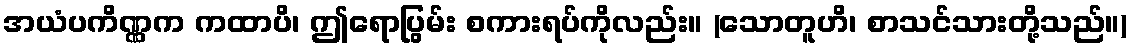
အယံပကိဏ္ဏက ကထာပိ၊ ဤရောပြွမ်း စကားရပ်ကိုလည်း။ (သောတူဟိ၊ စာသင်သားတို့သည်။)